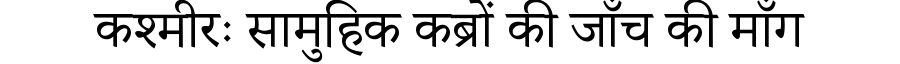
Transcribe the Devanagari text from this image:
कश्मीरः सामुहिक कब्रों की जाँच की माँग